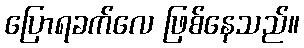
ပြောရခက်လေ ဖြစ်နေသည်။